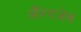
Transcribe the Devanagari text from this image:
औंरगजेब